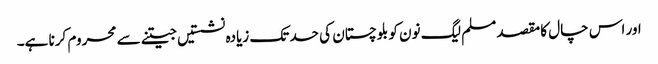
اور اس چال کا مقصد مسلم لیگ نون کو بلوچستان کی حد تک زیادہ نشستیں جیتنے سے محروم کرنا ہے۔